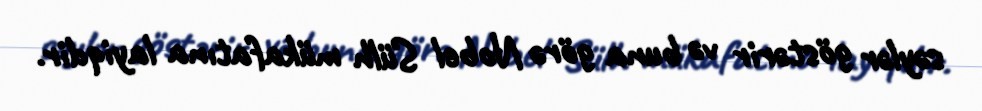
səylər göstərir və buna görə Nobel Sülh mükafatına layiqdir.